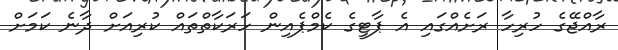
ރާއްޖޭގެ ހުރިހާ ރަށެއްގައި އެ ޕާޓީގެ ކެމްޕެއިން ހަރަކާތްތައް ކުރިއަށް ދާނެ ކަމަށް